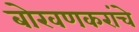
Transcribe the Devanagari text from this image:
बोरवणकरांचे